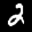
Label: 2